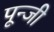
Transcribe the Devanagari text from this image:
पून्जी